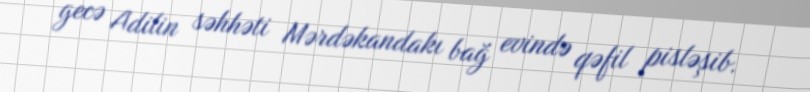
gecə Adilin səhhəti Mərdəkandakı bağ evində qəfil pisləşib.